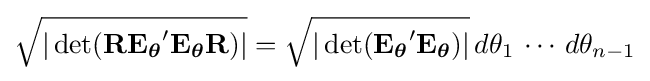
{\sqrt {|\operatorname {det} (\mathbf {RE_{\boldsymbol {\theta }}} '\mathbf {E_{\boldsymbol {\theta }}R} )|}}={\sqrt {|\operatorname {det} (\mathbf {E_{\boldsymbol {\theta }}} '\mathbf {E_{\boldsymbol {\theta }}} )|}}\,d\theta _{1}\,\cdots \,d\theta _{n-1}